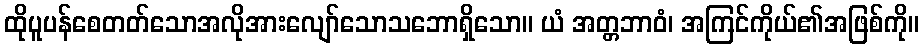
ထိုပူပန်စေတတ်သောအလိုအားလျော်သောသဘောရှိသော။ ယံ အတ္တဘာဝံ၊ အကြင်ကိုယ်၏အဖြစ်ကို။